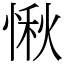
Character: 愀